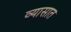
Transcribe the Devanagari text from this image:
व्यासात